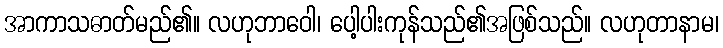
အာကာသဓာတ်မည်၏။ လဟုဘာဝေါ၊ ပေါ့ပါးကုန်သည်၏အဖြစ်သည်။ လဟုတာနာမ၊